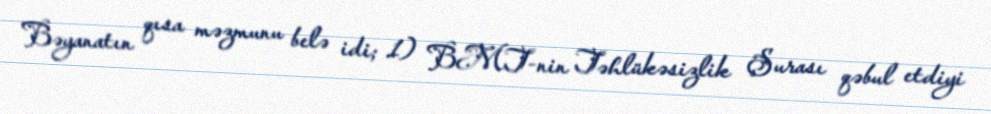
Bəyanatın qısa məzmunu belə idi; 1) BMT-nin Təhlükəsizlik Şurası qəbul etdiyi